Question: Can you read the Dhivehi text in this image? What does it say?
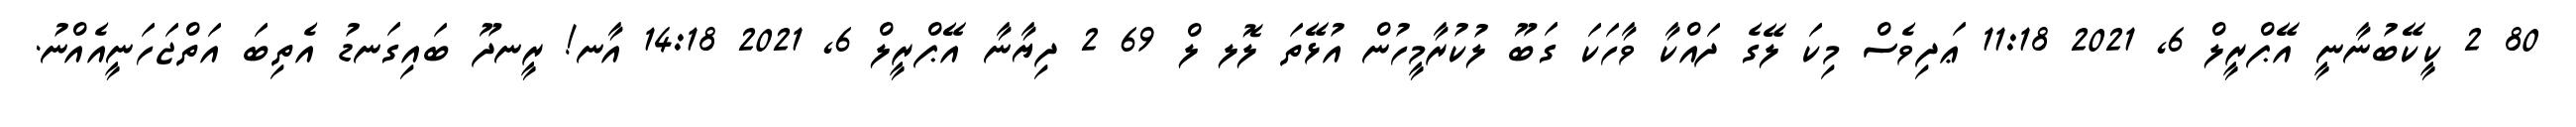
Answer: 80 2 ކީކޭބުނާނީ އޭޕްރީލް 6, 2021 11:18 ޢަދިވެސް މިކަ ލޭގެ ދައްކާ ވާހަކަ ގަބޫ ލުކުރާމީހުން އުޅޭތަ ލޮލ ލް 69 2 ދިޔާނާ އޭޕްރީލް 6, 2021 14:18 އާނ! ރީނދޫ ބައިގަނޑު އެތިބަ އަތްޖަހަނީއެއްނު.